Lunatic asylums Central Provinces reports 1874-1885 - 1874-1885
Year: 1874
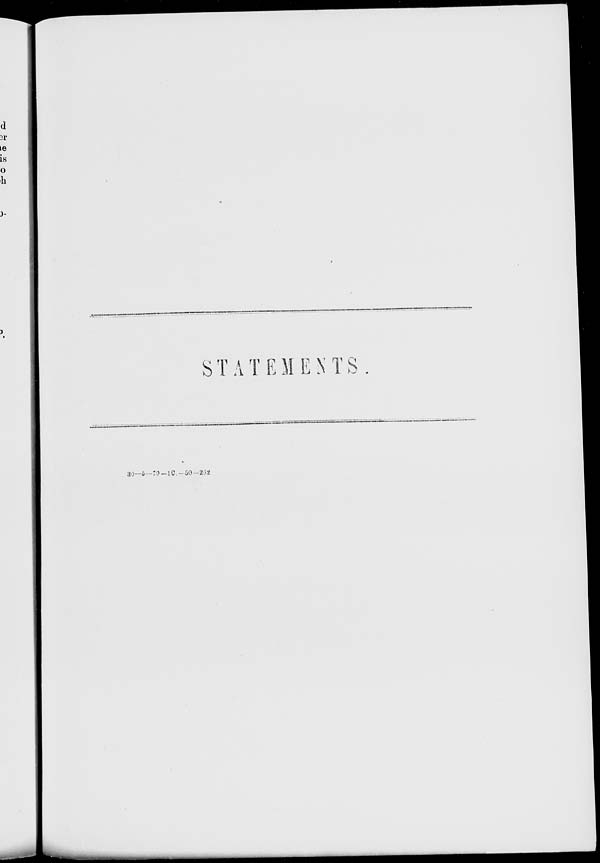
STATEMENTS.
30—5—79—1C.—50—262